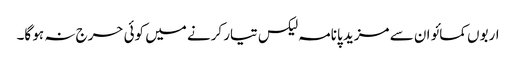
اربوں کمائو ان سے مزید پانامہ لیکس تیار کرنے میں کوئی حرج نہ ہو گا۔